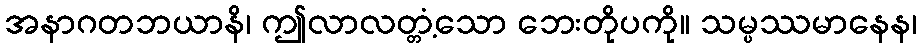
အနာဂတဘယာနိ၊ ဤလာလတ္တံ့သော ဘေးတိုပကို။ သမ္ပဿမာနေန၊